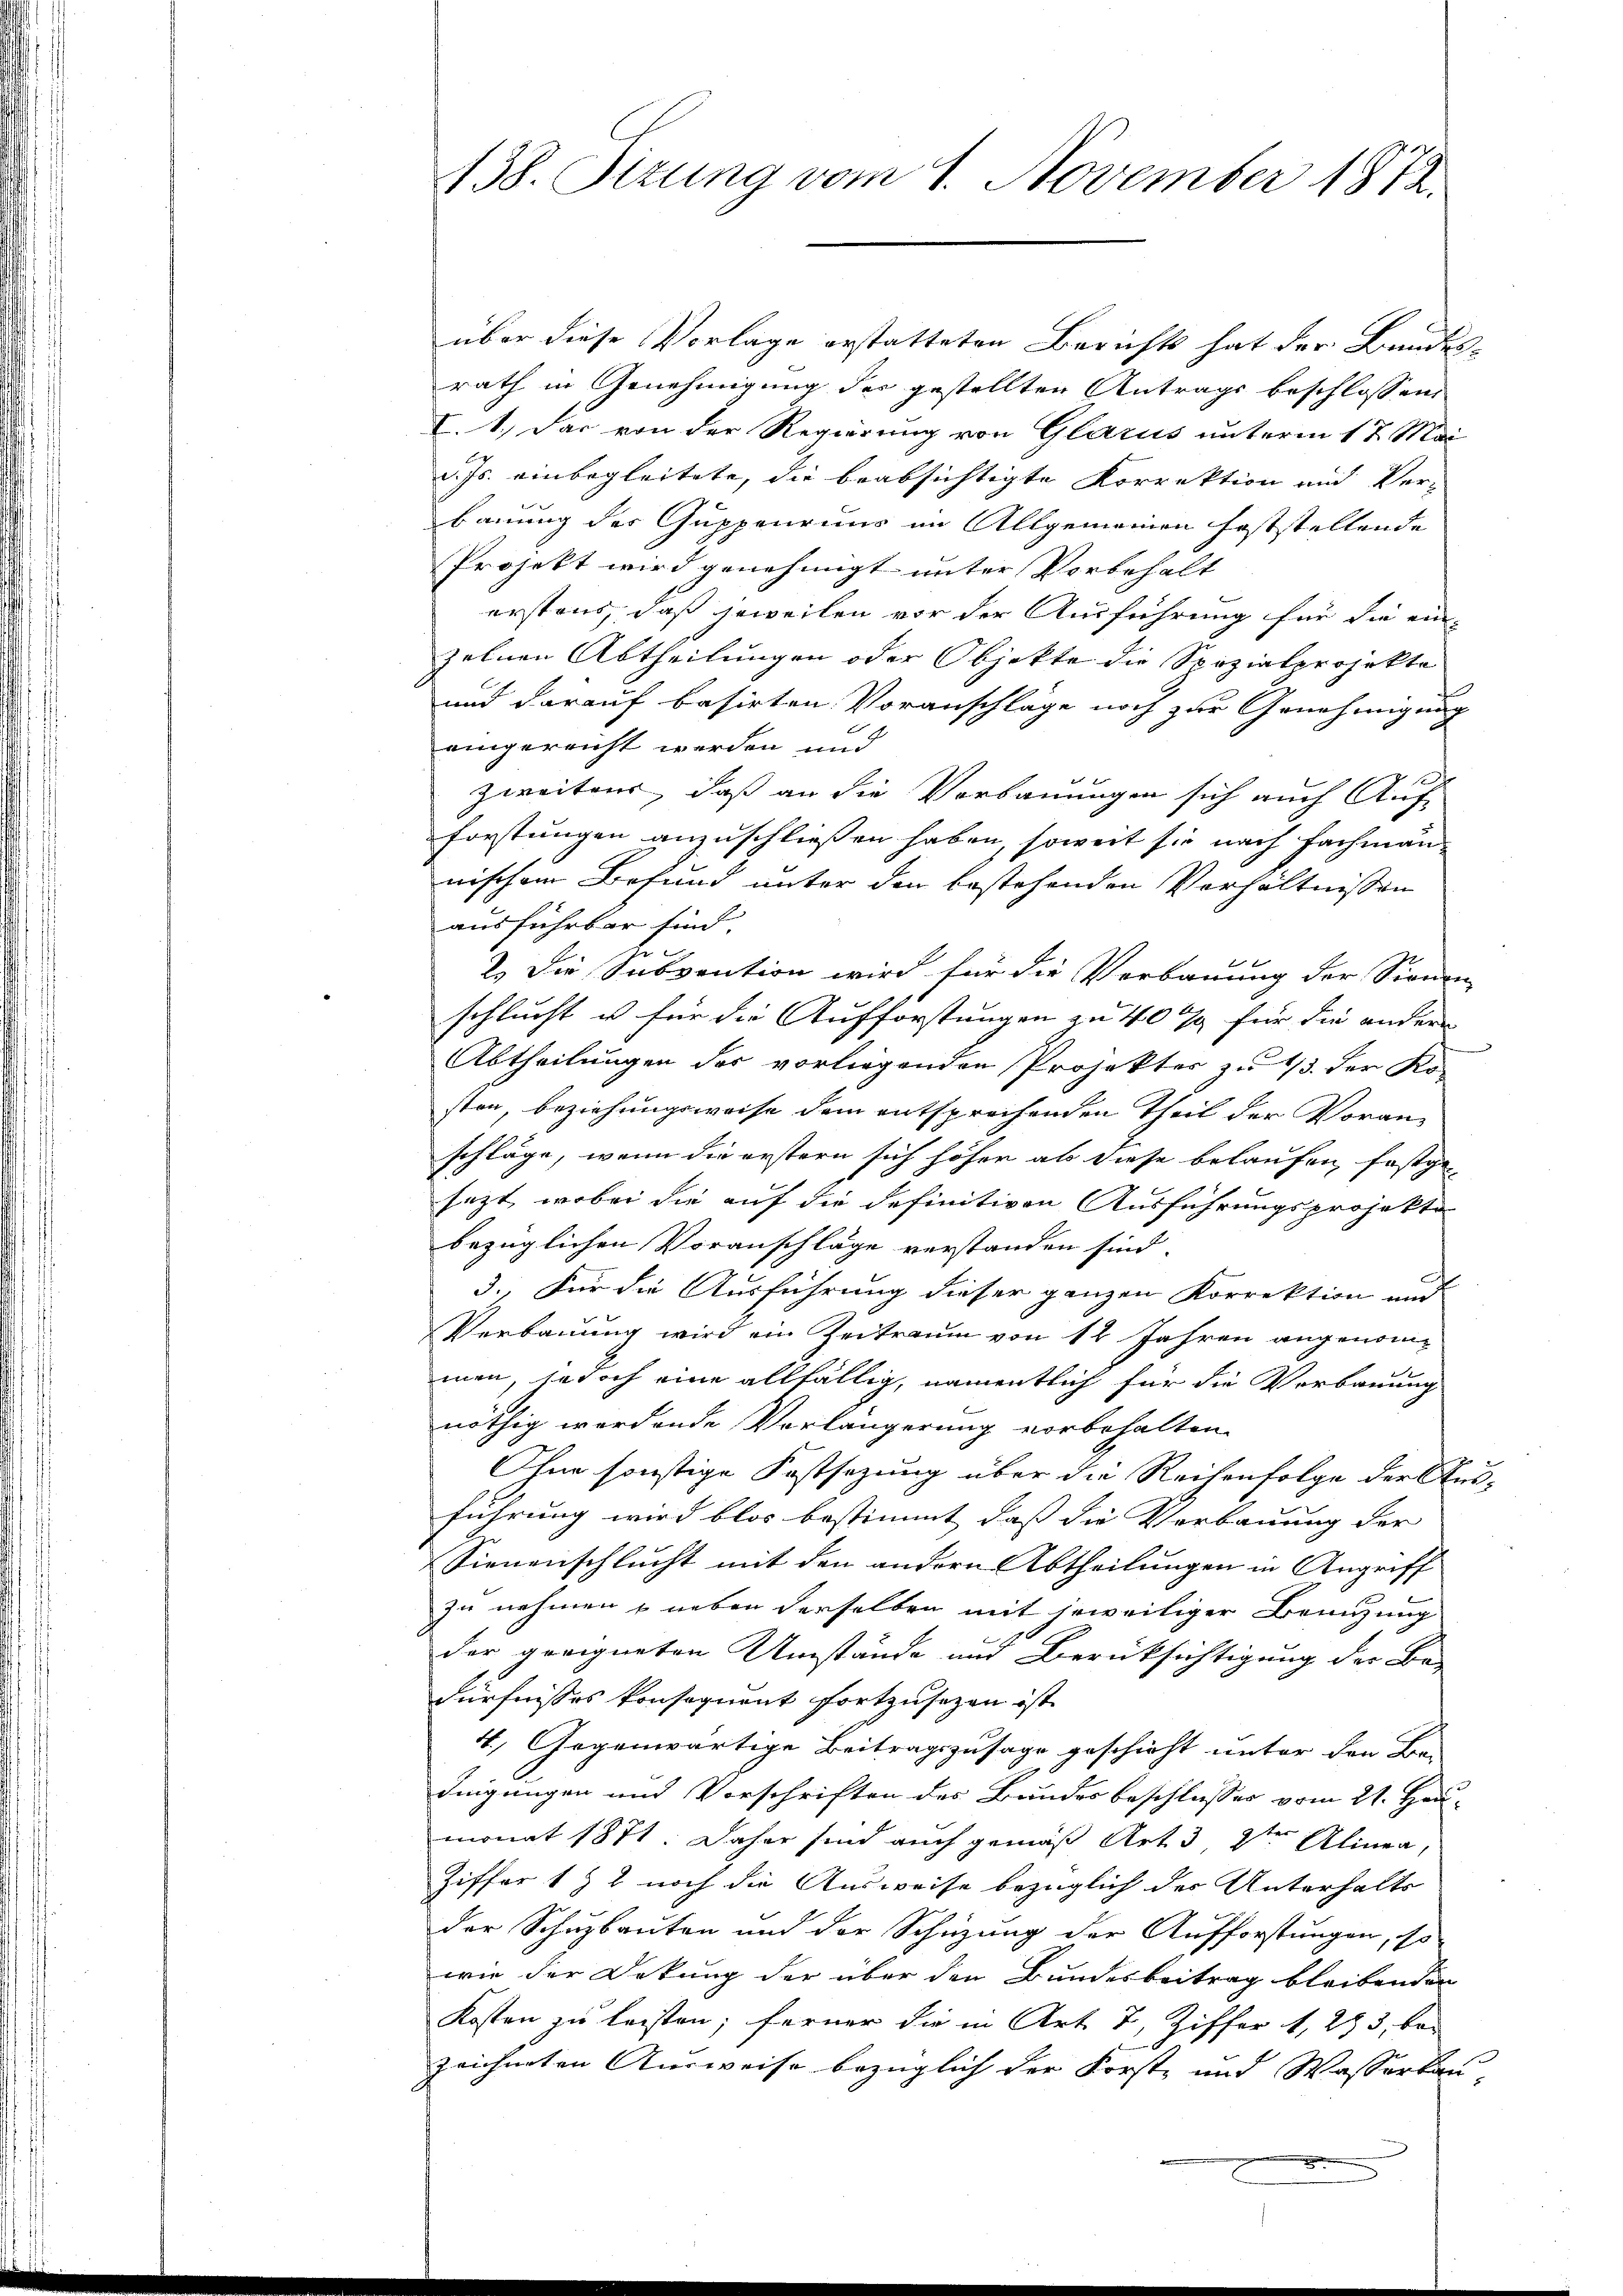
138. Sizung vom 1. November 1872.

über diese Vorlage erstatteten Berichts hat der Bundesrath in Genehmigung des gestellten Antrags beschlossen,
I. 1.) Das von der Regierung von Glarus unterm 17. Mai
d. Js. einbegleitete, die beabsichtigte Korrektion und Ver-
bauung des Guppenruns im Allgemeinen feststellende
Projekt wird genehmigt unter Vorbehalt
erstens, daß jeweilen vor der Ausführung für die ein-
zelnen Abtheilungen oder Objekte die Spezialprojekte
und darauf basirten Voranschläge noch zur Genehmigung
eingereicht werden und
h
zweitens, daß an die Vorbauungen sich auch Aufforstungen anzuschließen haben, soweit sie nach Fachmann
nischem Befund unter den bestehenden Verhältnissen
ausführbar sind.
e
2.) Die Subvention wird für die Verbauung der Sionen
schlucht u für die Aufforstungen zu 40 xx für die anderen
Abtheilungen der vorliegenden Projektes zu 1/3. der Ko-
sten, beziehungsweise dem entsprechenden Theil der Voran-
schläge, wenn die erstern sich höher ab diese belaufen, festge
sezt, wobei die auf die definitiven Ausführungsprojekte
bezüglichen Voranschläge verstanden sind.
3. Für die Ausführung dieser ganzen Korrektion und
Verbauung wird ein Zeitraum von 12 Jahren angenommen, jedoch eine allfällig, namentlich für die Verbauung
nöthig werdende Vorlängerung vorbehalten.
Ohne sonstige Festsezung über die Reihenfolge der Anführung wird blos bestimmt dass die Verbauung der
Sienenschlucht mit den andern Abtheilungen in Angriff
zu nehmen & neben derselben mit jeweiliger Benuzung
der geeigneten Umstände und Berücksichtigung der Be-
dürfnisses konsequent fortzusezen ist.
4. Gegenwärtige Beitragszusage geschieht unter den Be-
dingungen und Vorschriften des Bundesbeschlusses vom 21. Heu-
monat 1871. Daher sind auch gemäß Art 3 Stern Alinea,
Ziffer 1 & 2 noch die Ausweise bezüglich der Unterhalts
der Schuzbauten und der Schüzung der Aufforstungen, so
wie der Dekung der über den Bundesbeitrag bleibenden
Kosten zu leisten; ferner die in Art. 7, Ziffer 1, 293, bei
zeichneten Ausweise bezüglich der Forste und Wasserbau-
5